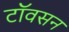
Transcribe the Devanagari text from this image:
टॉवसन